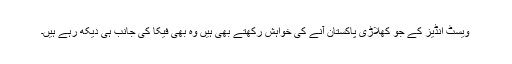
ویسٹ انڈیز کے جو کھلاڑی پاکستان آنے کی خواہش رکھتے بھی ہیں وہ بھی فیکا کی جانب ہی دیکھ رہے ہیں۔